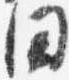
国